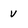
Character: V